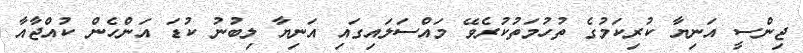
ޖިންސީ އަނިޔާ ކުރިކަމުގެ ތުހުމަތުކުރެވޭ މައްސަލައިގައި އަނިޔާ ލިބުނު ކުޑަ އަންހެން ކުއްޖާއާ